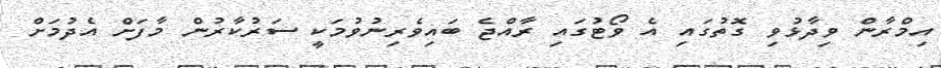
އިމްރާން ވިދާޅުވި ގޮތުގައި އެ ވޯޓުގައި ރާއްޖެ ބައިވެރިނުވުމަކީ ސަރުކާރުން މާފަށް އެދުމަށް